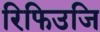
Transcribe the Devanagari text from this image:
रिफिउजि